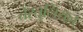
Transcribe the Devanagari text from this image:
तेरतुलियन